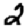
Digit: 2